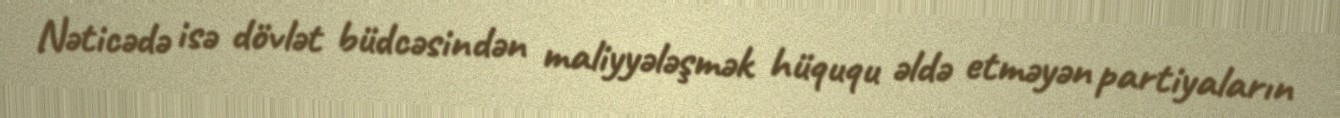
Nəticədə isə dövlət büdcəsindən maliyyələşmək hüququ əldə etməyən partiyaların